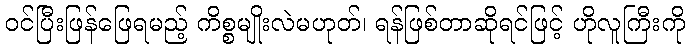
ဝင်ပြီးဖြန်ဖြေရမည့် ကိစ္စမျိုးလဲမဟုတ်၊ ရန်ဖြစ်တာဆိုရင်ဖြင့် ဟိုလူကြီးကို